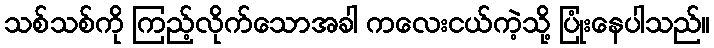
သစ်သစ်ကို ကြည့်လိုက်သောအခါ ကလေးငယ်ကဲ့သို့ ပြုံးနေပါသည်။